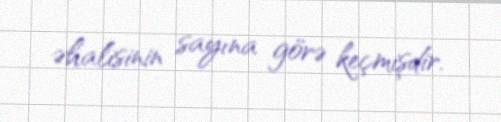
əhalisinin sayına görə keçmişdir.